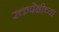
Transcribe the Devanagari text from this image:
रक्तपेढीच्या